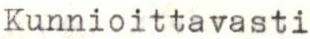
Kunnioittavasti